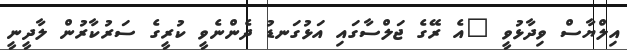
އިލްޔާސް ވިދާޅުވީ "އެ ރޭގެ ޖަލްސާގައި އަޅުގަނޑު ދެންނެވީ ކުރީގެ ސަރުކާރުން ލާދީނީ